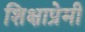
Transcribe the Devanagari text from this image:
शिक्षाप्रेमी